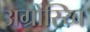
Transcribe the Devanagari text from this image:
अग्रोस्य्बि